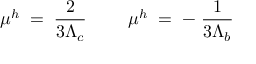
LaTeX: \mu ^ { h } \; = \; \frac { 2 } { 3 \Lambda _ { c } } ~ ~ ~ ~ ~ ~ ~ \mu ^ { h } \; = \; - \; \frac { 1 } { 3 \Lambda _ { b } }